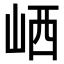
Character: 𡶼